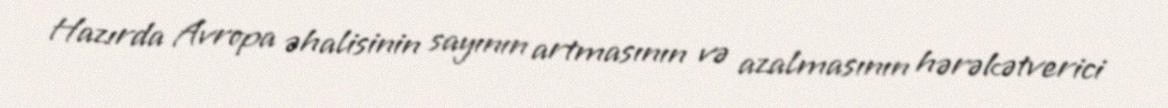
Hazırda Avropa əhalisinin sayının artmasının və azalmasının hərəkətverici